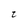
Character: t